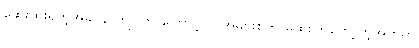
ဆေးထိုးရတဲ့အခါ နာကျင်တာကြောင့် လူအများစုက မထိုးကြတော့တဲ့အတွက်